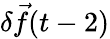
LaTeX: \delta\vec{f}(t-2)